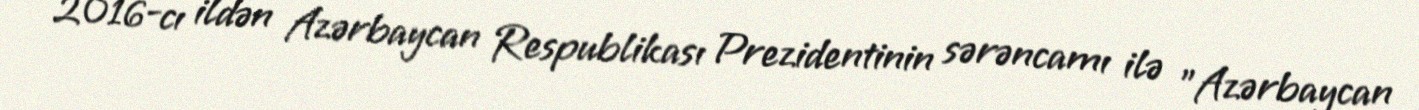
2016-cı ildən Azərbaycan Respublikası Prezidentinin sərəncamı ilə "Azərbaycan